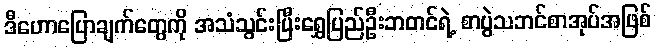
ဒီဟောပြောချက်တွေကို အသံသွင်းပြီးရွှေပြည်ဦးဘတင်ရဲ့ စာပွဲသဘင်စာအုပ်အဖြစ်